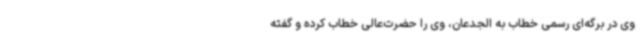
وی در برگه‌ای رسمی خطاب به الجدعان، وی را حضرت‌عالی خطاب کرده و گفته